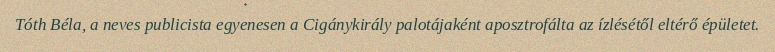
Tóth Béla, a neves publicista egyenesen a Cigánykirály palotájaként aposztrofálta az ízlésétől eltérő épületet.